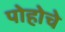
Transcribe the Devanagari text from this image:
पोहोचे